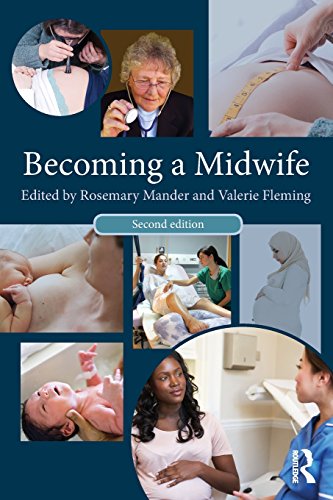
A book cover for Becoming a Midwife; Medical Books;